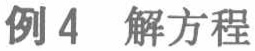
例4 解方程